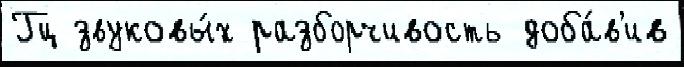
Гц звуковы́х разборчивость доба́в'ив